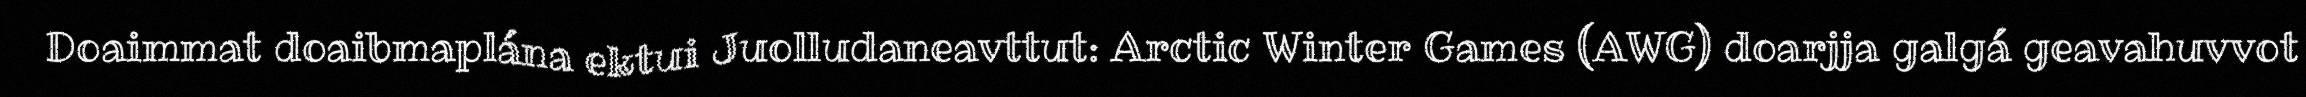
Doaimmat doaibmaplána ektui Juolludaneavttut: Arctic Winter Games (AWG) doarjja galgá geavahuvvot